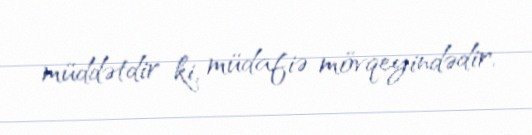
müddətdir ki, müdafiə mövqeyindədir.